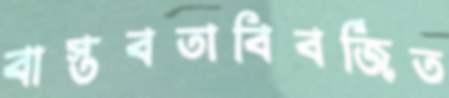
বাস্তবতাবিবর্জিত